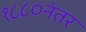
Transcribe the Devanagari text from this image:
१८८०नंतर